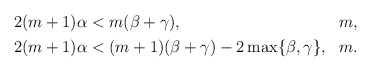
\begin{align*} \begin{aligned} & 2(m+1)\alpha < m(\beta+\gamma), & & m, \\ & 2(m+1)\alpha < (m+1)(\beta+\gamma)-2\max\{\beta,\gamma\}, & & m. \end{aligned} \end{align*}